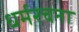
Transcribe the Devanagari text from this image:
धर्मरचना